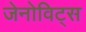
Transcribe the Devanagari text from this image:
जेनोविट्स